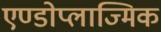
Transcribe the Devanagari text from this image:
एण्डोप्लाज्मिक